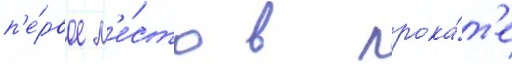
п'е́рвое м'е́сто в прока́т'е